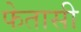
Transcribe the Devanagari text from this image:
फेतासी